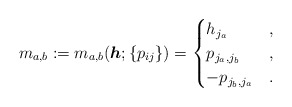
\begin{gather*}m_{a,b}:= m_{a,b}({\boldsymbol{h}};\{p_{ij}\} ) =\begin{cases} h_{j_{a}} & ,\\p_{{j_a},{j_b}} & , \\- p_{{j_b},{j_a}} & .\end{cases}\end{gather*}